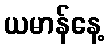
ယမာန်နေ့